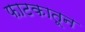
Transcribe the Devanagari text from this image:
फाटकातून